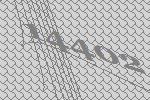
14402